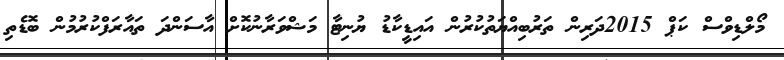
މޯލްޑިވްސް ކަޕް 2015ދަރިން ތަރުބިއްޔަތުކުރުން އައިޑީކާޑު ޔުނިޓާ މަޝްވަރާނުކޮށް އާސަންދަ ތައާރަފްކުރުމުން ބޮޑެތި